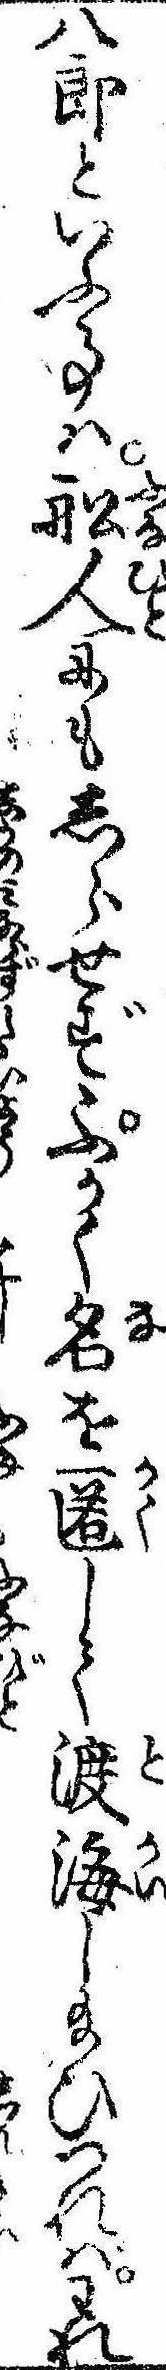
八郎といふ事は船人にもしらせずふかく名を匿して渡海し給ひつればわれ